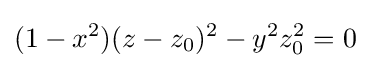
(1-x^{2})(z-z_{0})^{2}-y^{2}z_{0}^{2}=0